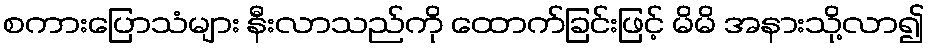
စကားပြောသံများ နီးလာသည်ကို ထောက်ခြင်းဖြင့် မိမိ အနားသို့လာ၍